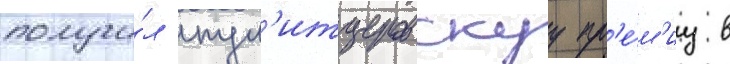
получи́л пул'итцеровскуу пр'е́м'иу в